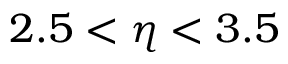
2 . 5 < \eta < 3 . 5